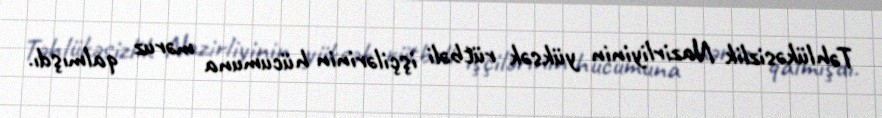
Təhlükəsizlik Nazirliyinin yüksək rütbəli işçilərinin hücumuna məruz qalmışdı.